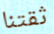
ثقتنا